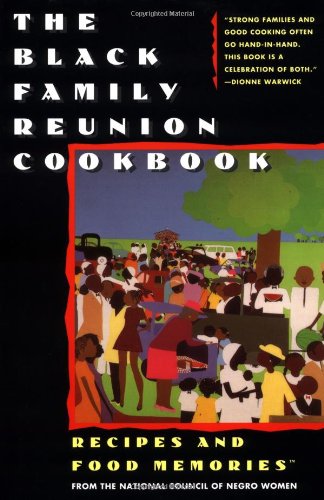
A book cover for The Black Family Reunion Cookbook; National Council of Negro Women; Cookbooks, Food & Wine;